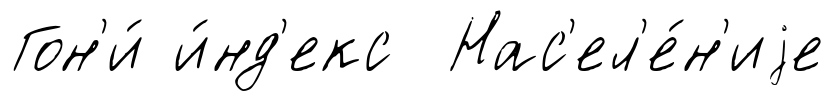
Гон'и́ и́нд'екс Нас'ел'е́н'иjе